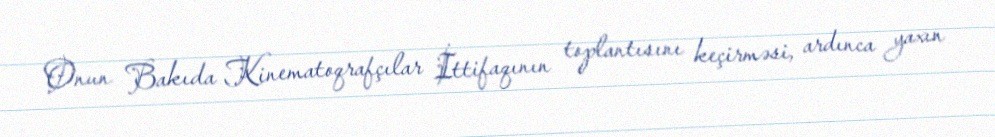
Onun Bakıda Kinematoqrafçılar İttifaqının toplantısını keçirməsi, ardınca yaxın